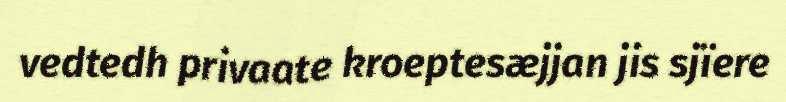
vedtedh privaate kroeptesæjjan jis sjïere